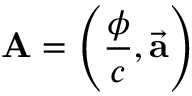
\mathbf { A } = \left( { \frac { \phi } { c } } , { \vec { \mathbf { a } } } \right)